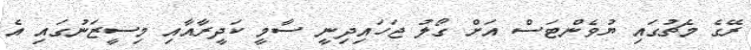
ރޭގެ މެޗުގައި ޔުވެންޓަސް އަށް ގޯލު ޖަހައިދިނީ ސާމީ ކަދީރާއާއި މިސީޒަނުގައި އެ